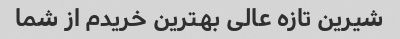
شیرین تازه عالی بهترین خریدم از شما